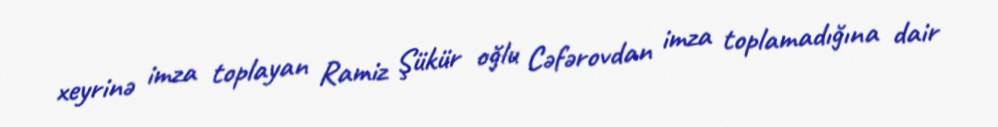
xeyrinə imza toplayan Ramiz Şükür oğlu Cəfərovdan imza toplamadığına dair